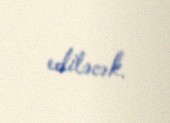
ediləcək.